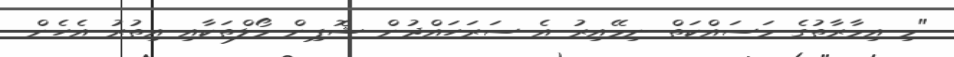
"މި އިމާރާތުގެ މަސައްކަތް ނިމޭއިރު އެ ސަރަހައްދުން ޝޮޕިން މޯލްތަކާއި އިތުރު އެހެން